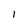
Character: 1